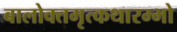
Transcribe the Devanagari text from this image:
बालोक्तमृत्कथारम्भो